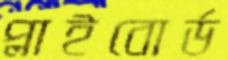
প্লাইবোর্ড